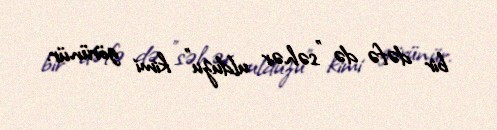
bir dəfə də "səhər ulduzu" kimi görünür.